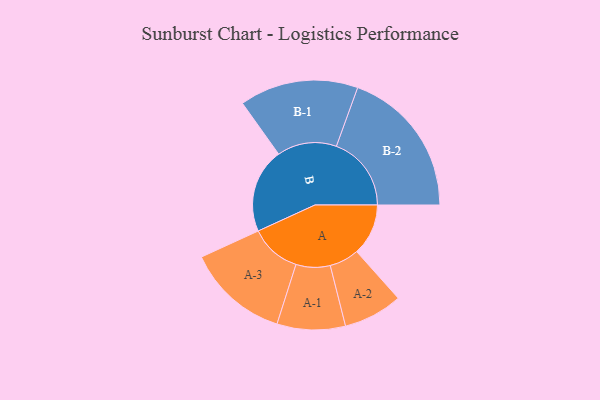
{"axis": {"x": "Segment", "y": "Value"}, "legend": ["", "A", "B"], "data": [{"x": "A", "y": 192, "type": ""}, {"x": "B", "y": 315, "type": ""}, {"x": "A-1", "y": 127, "type": "A"}, {"x": "A-2", "y": 110, "type": "A"}, {"x": "A-3", "y": 190, "type": "A"}, {"x": "B-1", "y": 221, "type": "B"}, {"x": "B-2", "y": 279, "type": "B"}]}